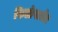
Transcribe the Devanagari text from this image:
फिलोपातोर